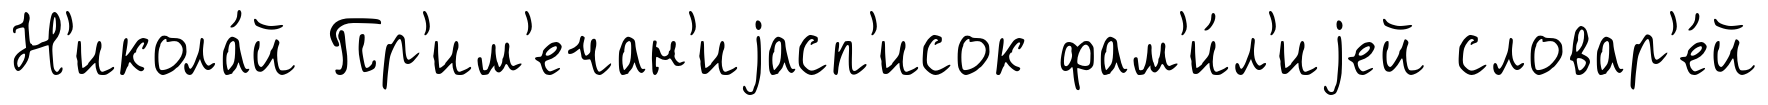
Н'икола́й Пр'им'ечан'иjасп'исок фам'и́л'иjей словар'е́й